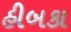
હીબકા